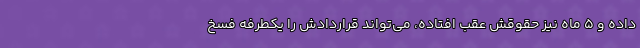
داده و 5 ماه نیز حقوقش عقب افتاده، می‌تواند قراردادش را یکطرفه فسخ